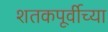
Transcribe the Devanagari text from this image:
शतकपूर्वीच्या